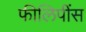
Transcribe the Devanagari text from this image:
फीलिपींस